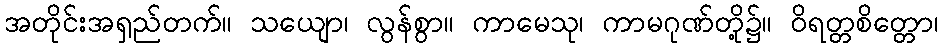
အတိုင်းအရှည်တက်။ သယျော၊ လွန်စွာ။ ကာမေသု၊ ကာမဂုဏ်တို့၌။ ဝိရတ္တစိတ္တော၊